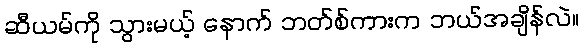
ဆီယမ်ကို သွားမယ့် နောက် ဘတ်စ်ကားက ဘယ်အချိန်လဲ။